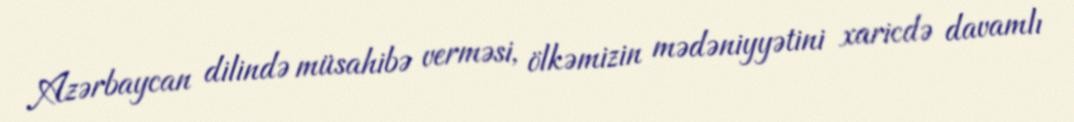
Azərbaycan dilində müsahibə verməsi, ölkəmizin mədəniyyətini xaricdə davamlı